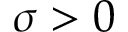
\sigma > 0